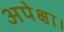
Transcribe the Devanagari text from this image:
अपेक्षा।